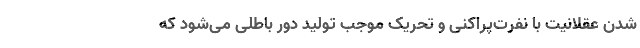
شدن عقلانیت با نفرت‌پراکنی و تحریک موجب تولید دور باطلی می‌شود که